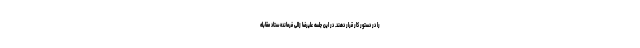
را در دستور کار قرار دهند. در این جلسه علیرضا زالی فرمانده ستاد مقابله